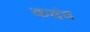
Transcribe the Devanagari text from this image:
कदंव